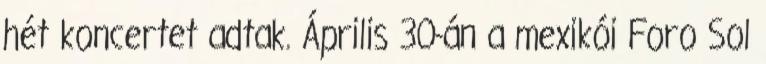
hét koncertet adtak. Április 30-án a mexikói Foro Sol